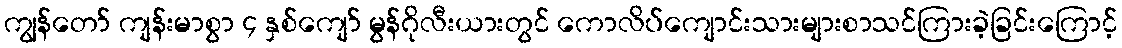
ကျွန်တော် ကျန်းမာစွာ ၄ နှစ်ကျော် မွန်ဂိုလီးယားတွင် ကောလိပ်ကျောင်းသားများစာသင်ကြားခဲ့ခြင်းကြောင့်